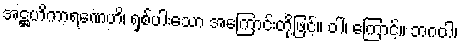
အဋ္ဌဟိကာရဏေဟိ၊ ရှစ်ပါးသော အကြောင်းတို့ဖြင့်။ ဝါ၊ ကြောင့်။ ဘဂဝါ၊